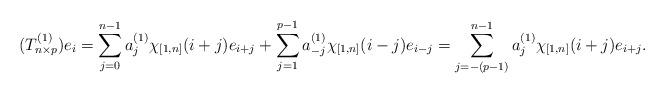
LaTeX: \begin{align*} (T^{(1)}_{n \times p})e_i= \sum_{j=0}^{n-1} a^{(1)}_{j}\chi_{[1, n]}(i+j) e_{i+j} + \sum_{j=1}^{p-1} a^{(1)}_{-j} \chi_{[1, n]}(i-j) e_{i-j} = \sum_{j=-(p-1)}^{n-1} a^{(1)}_{j}\chi_{[1, n]}(i+j) e_{i+j}.\end{align*}